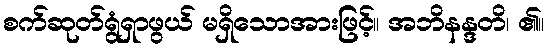
စက်ဆုတ်ရွံရှာဖွယ် မရှိသောအားဖြင့်။ အဘိနန္ဒတိ၊ ၏။